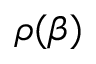
\rho ( \beta )